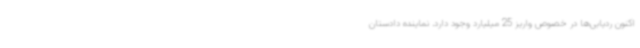
اکنون ردیابی‌ها در خصوص واریز 25 میلیارد وجود دارد. نماینده دادستان